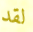
لقد